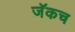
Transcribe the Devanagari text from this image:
जॅकच